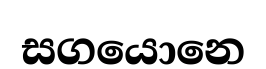
සගයොනෙ